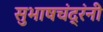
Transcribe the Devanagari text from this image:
सुभाषचंद्रंनी